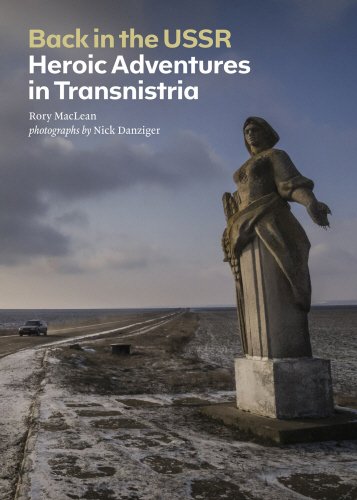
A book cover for Back in the USSR: Heroic Adventures in Transnistria; Rory MacLean; Travel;